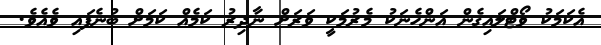
އެކަމަކު ވޯޓްލައިގެން އަންހެނަކު މެރުމަކީ ވަރަށް ނާދިރު ކަމެއް ކަމަށް ބުނެފައި ވެއެވެ.